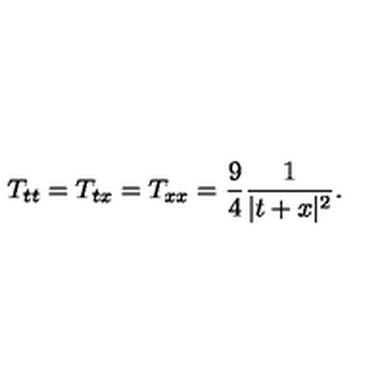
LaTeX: T _ { t t } = T _ { t x } = T _ { x x } = \frac { 9 } { 4 } \frac { 1 } { \vert t + x \vert ^ { 2 } } .